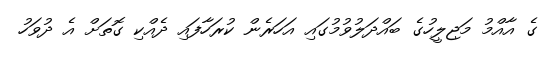
ގެ އާއްމު މަޖިލީހުގެ ބައްދަލުވުމުގައި އަހަރެން ކުރަހާފައި ދެއްކި ގޮތަށް އެ ދުވަހު